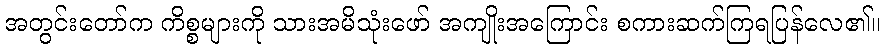
အတွင်းတော်က ကိစ္စများကို သားအမိသုံးဖော် အကျိုးအကြောင်း စကားဆက်ကြရပြန်လေ၏။